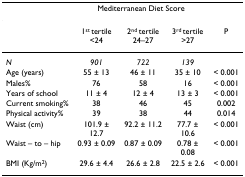
|  | <COLSPAN=3> Mediterranean Diet Score |  |
 | --- | --- | --- | --- | --- |
 |  | 1st tertile <24 | 2nd tertile 24–27 | 3rd tertile >27 | P |
 | N | 901 | 722 | 139 |  |
 | Age (years) | 55 ± 13 | 46 ± 11 | 35 ± 10 | < 0.001 |
 | Males% | 76 | 58 | 16 | < 0.001 |
 | Years of school | 11 ± 4 | 12 ± 4 | 13 ± 3 | < 0.001 |
 | Current smoking% | 38 | 46 | 45 | 0.002 |
 | Physical activity% | 39 | 38 | 44 | 0.014 |
 | Waist (cm) | 101.9 ± 12.7 | 92.2 ± 11.2 | 77.7 ± 10.6 | < 0.001 |
 | Waist – to – hip | 0.93 ± 0.09 | 0.87 ± 0.09 | 0.78 ± 0.08 | < 0.001 |
 | BMI (Kg/m2) | 29.6 ± 4.4 | 26.6 ± 2.8 | 22.5 ± 2.6 | < 0.001 |